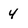
Character: 4